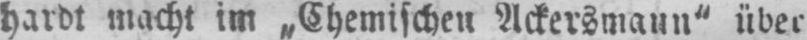
hardt macht im „Chemischen Ackersmann“ über